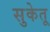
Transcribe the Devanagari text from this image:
सुकेतू